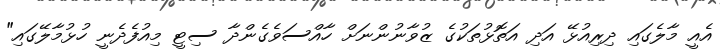
އެއީ މާލެގައި ދިރިއުޅޭ އަދި އަތޮޅުތަކުގެ ޒުވާނުންނަށް ހާއްސަވެގެންދާ ސިޓީ މިއުފެދެނީ ހުޅުމާލޭގައި"